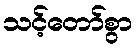
သင့်တော်စွာ